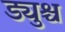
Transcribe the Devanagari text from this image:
ड्युश्च